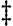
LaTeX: \ddagger